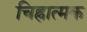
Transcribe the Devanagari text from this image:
चिह्नात्मक